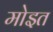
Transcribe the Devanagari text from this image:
मोइत